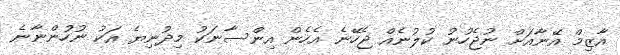
އާޒިމް އޭނާއަށް ނުޖެހުނު ކުލުނެއް ޖެހޭނެ އެހެން އިންސާނަކު މިދުނިޔެ އަކު ނުހުންނާނެ